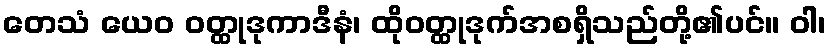
တေသံ ယေဝ ဝတ္ထုဒုကာဒီနံ၊ ထိုဝတ္ထုဒုက်အစရှိသည်တို့၏ပင်။ ဝါ၊